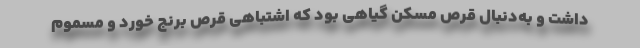
داشت و به‌دنبال قرص مسکن گیاهی بود که اشتباهی قرص برنج خورد و مسموم